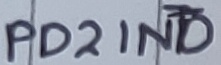
Text: PD2INT0